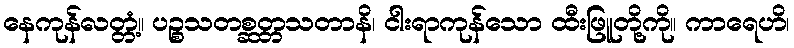
နေကုန်လတ္တံ့။ ပဉ္စသတစ္ဆတ္တသတာနိ၊ ငါးရာကုန်သော ထီးဖြူတို့ကို။ ကာရေဟိ၊